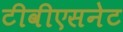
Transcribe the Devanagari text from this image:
टीवीएसनेट